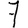
Digit: 7